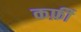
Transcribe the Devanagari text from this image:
कर्फ़ी